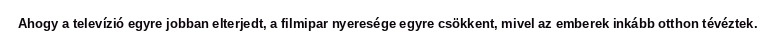
Ahogy a televízió egyre jobban elterjedt, a filmipar nyeresége egyre csökkent, mivel az emberek inkább otthon tévéztek.